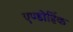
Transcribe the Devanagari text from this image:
एण्डोर्हिक